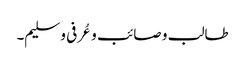
طالب و صائب و عُرفی و سلیم۔